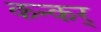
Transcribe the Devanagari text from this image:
कन्कर्